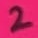
Text: 2